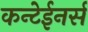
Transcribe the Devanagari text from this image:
कन्टेईनर्स